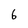
Character: 6